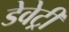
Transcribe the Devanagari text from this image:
डेवेट्री